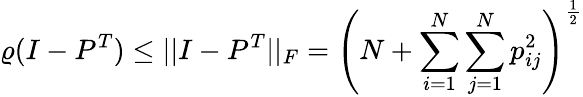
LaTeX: \varrho(I-P^{T})\leq||I-P^{T}||_{F}=\left(N+\sum_{i=1}^{N}\sum_{j=1}^{N}p_{ij}^{2}\right)^{\frac{1}{2}}